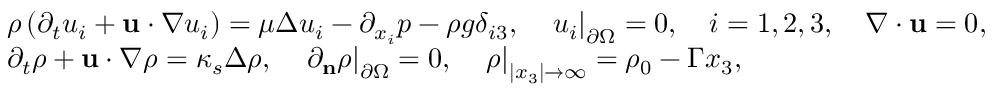
\begin{array} { r l } & { \rho \left( \partial _ { t } u _ { i } + \mathbf { u } \cdot \nabla u _ { i } \right) = \mu \Delta u _ { i } - \partial _ { x _ { i } } p - \rho g \delta _ { i 3 } , \quad \left. u _ { i } \right| _ { \partial \Omega } = 0 , \quad i = 1 , 2 , 3 , \quad \nabla \cdot \mathbf { u } = 0 , } \\ & { \partial _ { t } \rho + \mathbf { u } \cdot \nabla \rho = \kappa _ { s } \Delta \rho , \quad \left. \partial _ { \mathbf { n } } \rho \right| _ { \partial \Omega } = 0 , \quad \left. \rho \right| _ { | x _ { 3 } | \rightarrow \infty } = \rho _ { 0 } - \Gamma x _ { 3 } , } \end{array}